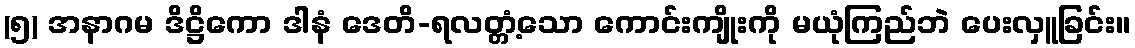
(၅) အနာဂမ ဒိဋ္ဌိကော ဒါနံ ဒေတိ-ရလတ္တံ့သော ကောင်းကျိုးကို မယုံကြည်ဘဲ ပေးလှူခြင်း။